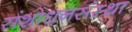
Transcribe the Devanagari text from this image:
संशोधनसंस्था